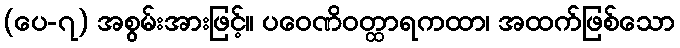
(ပေ-၇) အစွမ်းအားဖြင့်။ ပဝေဏိဝတ္ထာရကထာ၊ အထက်ဖြစ်သော